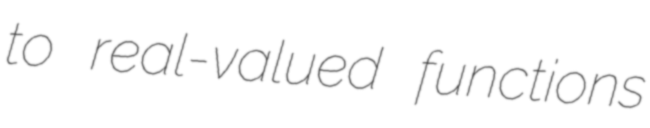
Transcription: to real-valued functions